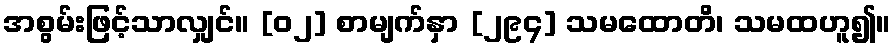
အစွမ်းဖြင့်သာလျှင်။ [၀၂] စာမျက်နှာ [၂၉၄] သမထောတိ၊ သမထဟူ၍။